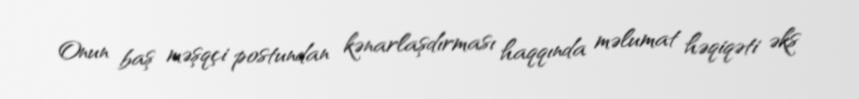
Onun baş məşqçi postundan kənarlaşdırması haqqında məlumat həqiqəti əks